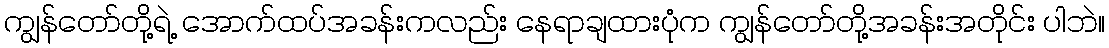
ကျွန်တော်တို့ရဲ့ အောက်ထပ်အခန်းကလည်း နေရာချထားပုံက ကျွန်တော်တို့အခန်းအတိုင်း ပါဘဲ။